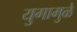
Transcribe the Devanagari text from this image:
युगामुळे